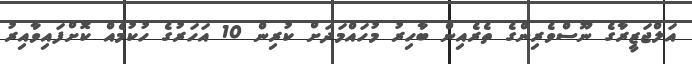
އަލްޖަޒީރާގެ ނޫސްވެރިންގެ ތެރެއިން ބާހިރު މުހައްމަދަށް ކުރިން 10 އަހަރުގެ ހުކުމެއް ކޮށްފައިވާއިރު